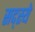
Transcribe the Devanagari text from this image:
सद्स्ये